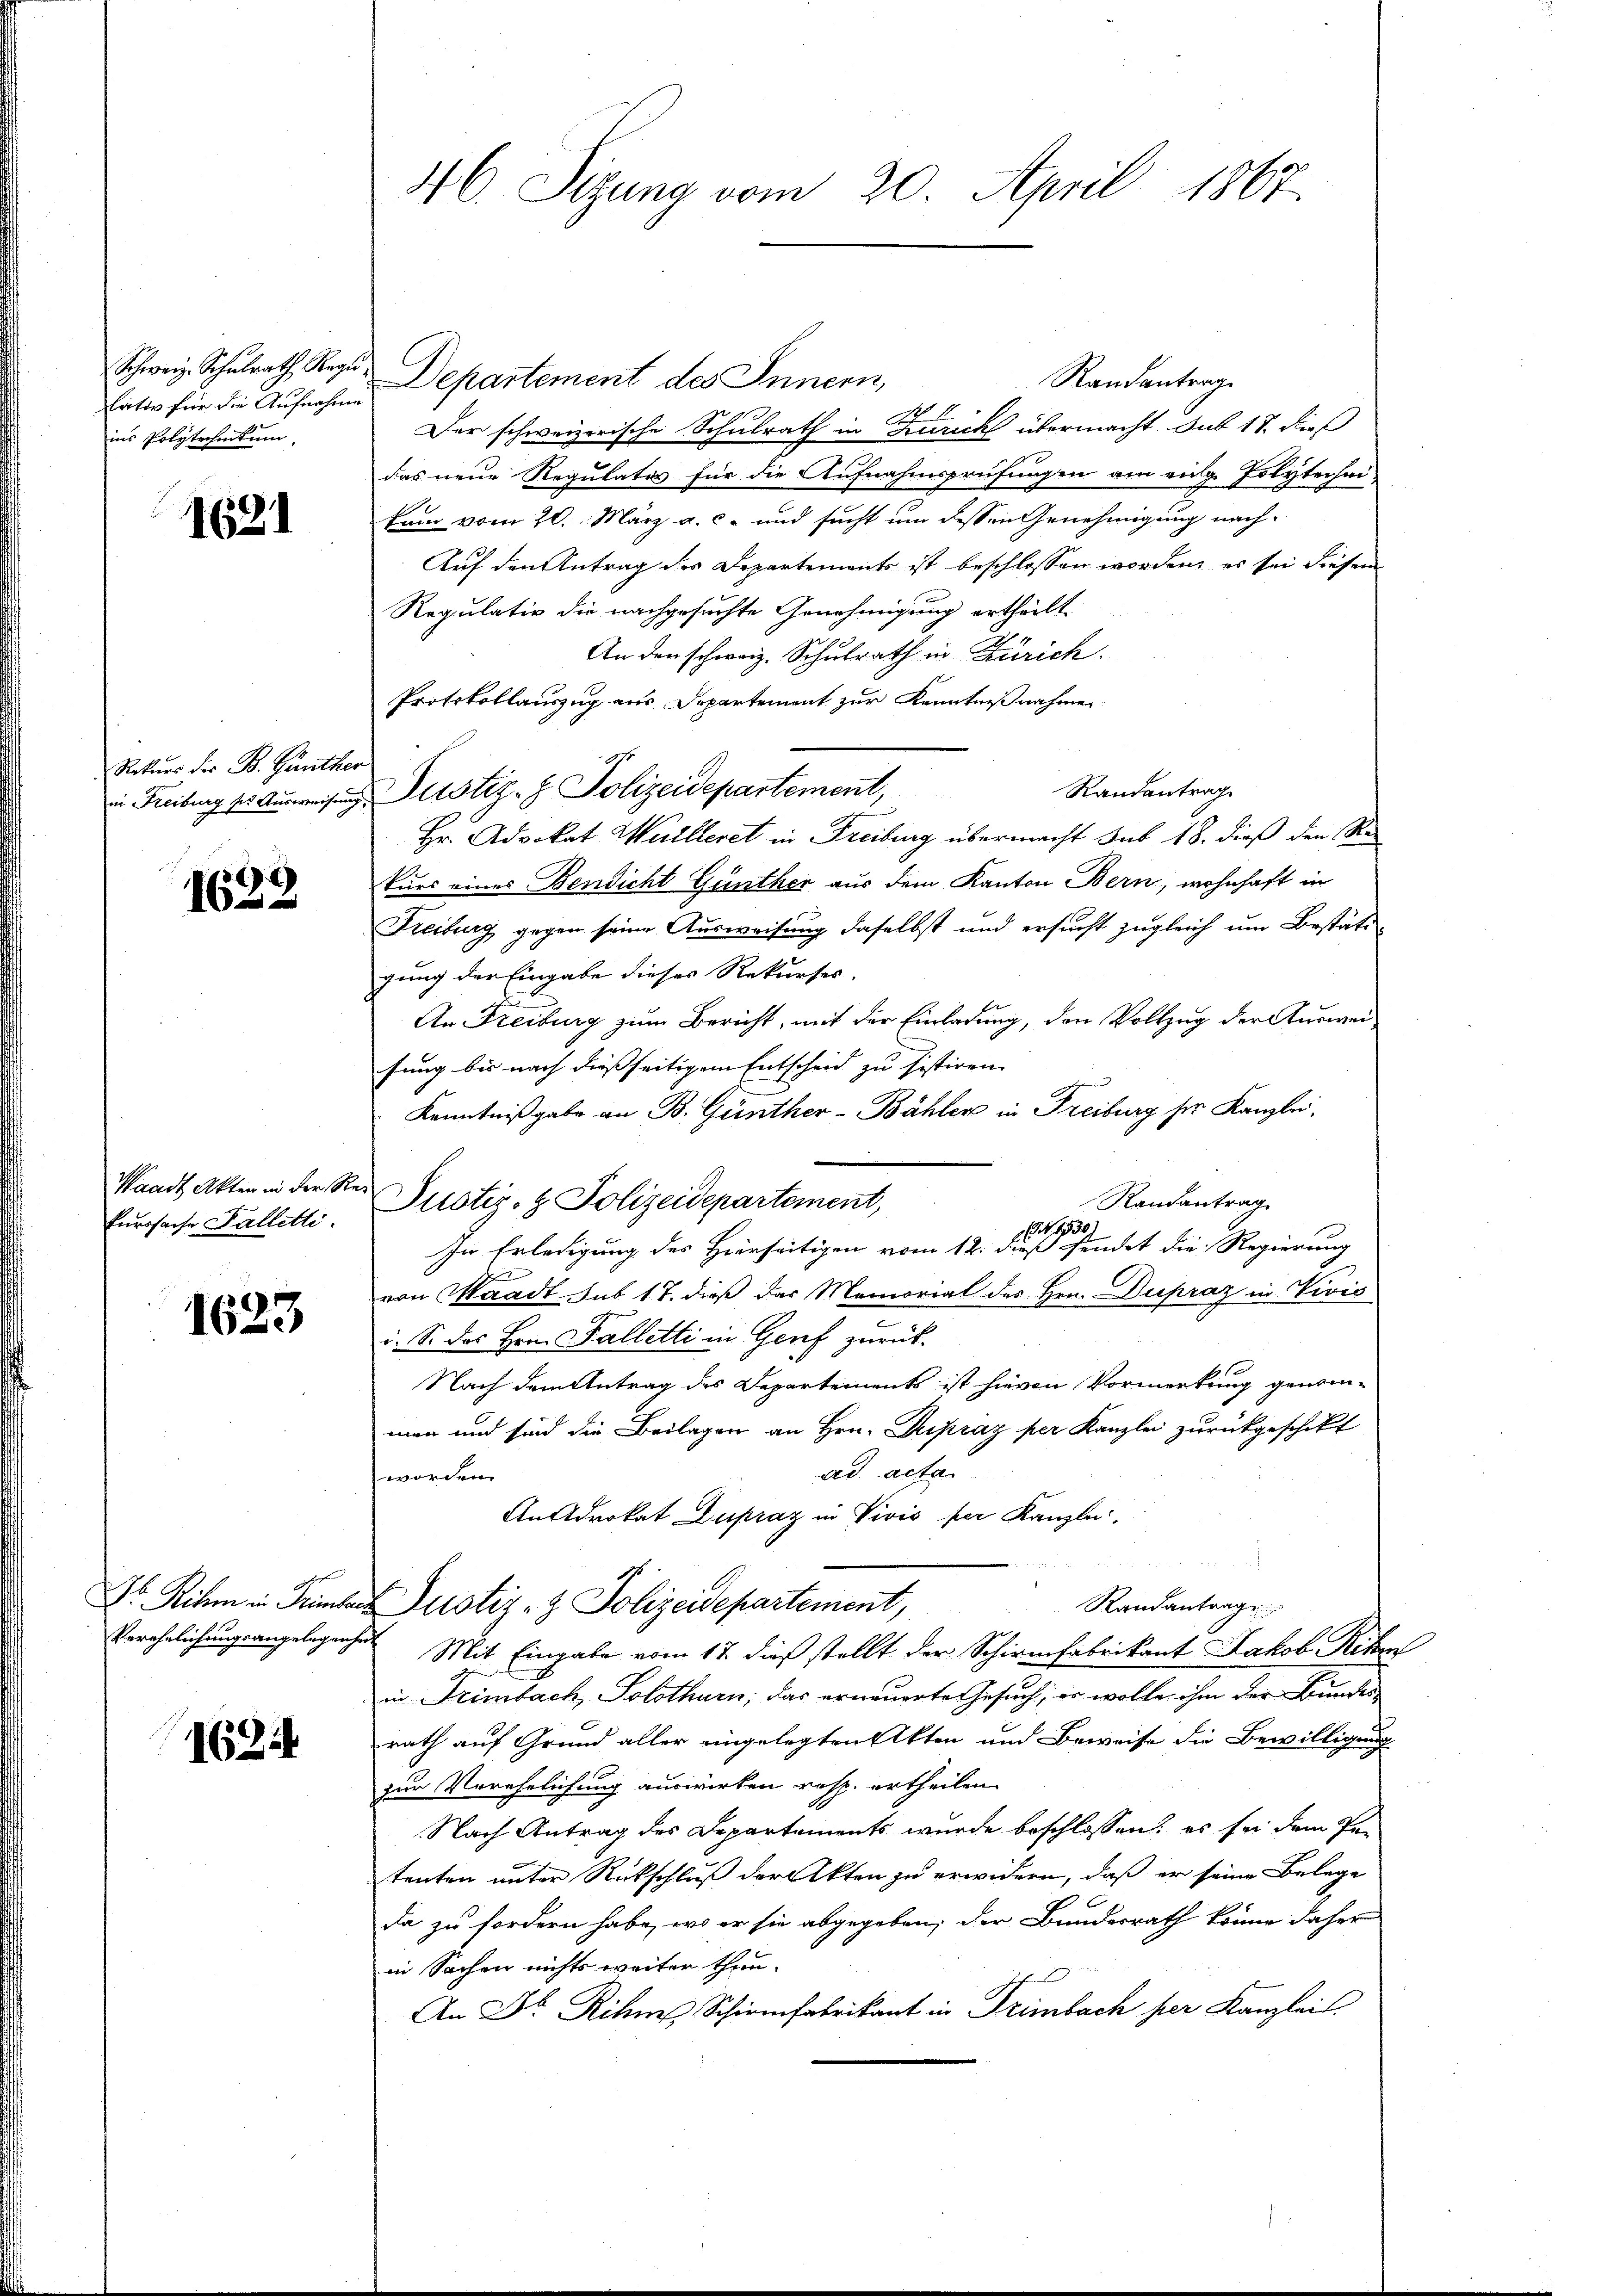
Schweiz. Schulrath, Regu
lativ für die Aufnahme
ins Polytechnitum,

1621

Rekurs der B. Günther

.
16

Eurssache Falletti.

1623

1621

46. Sitzung vom 20. April 1867.

Departement des Innern,
Randantrag
11.
Der schweizerische Schulrath in Zürich übermacht sub 18. dieß
das neue Regulates für die Aufnahmsprüfungen am eige Polytechei-
1
kam vom 20. März a. c. und sucht um dessen Genehmigung nach¬
Auf den Antrag des Departements ist beschlossen worden, es sei diesem
Regulativ die nachgesuchte Genehmigung ertheilt.
An den schweiz. Schulrath in Zürich.
Protokollauszug aus Departement zur Kenntnißnahmen
Randantrag
in Freiburg zur Ausweisung Justiz- & Polizeidepartement,
Hr. Advokat Mülleret in Freiburg übermacht sub 18. dieß den Rekurs eines Bendicht Günther aus dem Kanton Bern, wohnhaft in
Freiburg gegen seine Ausweisung daselbst und ersucht zugleich um Bestätigung der Eingabe dieses Rekurses.
An Freiburg zum Bericht, mit der Einladung, den Vollzug der Ausweisung bis nach diessseitigem Entscheid zu sistiren. |
Kenntnißgabe an B. Günther-Bähler in Freiburg her Kanzlei.
Waadt Akten in der Rei Pustiz- & Polizeidepartement,
Randantrag
110
In Erledigung des Hierseitigen vom 12. dieß sendet die Regierung
von Waadt, sub 17. dieß das Memorial des Hrn. Dupraz in Vivić
e
i. S. des Hrn. Falletti in Genf zurück-
Nach dem Antrag des Departements ist hievon Vormerkung genom-
men und sind die Beilagen an Hrn. Rupráz per Kanzlei zurückgeschikt
ad acta
worden.
Androkat Dupraz in Vivis per Kanzle
i
 Riken in Trinker Justiz- & Polizeidepartement,
Randantrag
Verehelichungsangelegenheit Mit Eingabe vom 17. dieß stellt der Schirmfabrikant Jakob Riken
in Leimbach, Solothurn, das erneuerte Gesuch, er wolle ihm der Bundes-
rath auf Grund aller eingelegten Akten und Beweise die Bewilligung
zur Verehelichung auswirken resp. ertheilen
Nach Antrag des Departements wurde beschlossen, es sei dem Pen
tenten unter Rückschluß der Akten zu erwidern, daß er seine Belege
da zu fordern habe, wo er sie abgegeben, der Bundesrath könne daher
in Sachen nichts weiter thun.
An Dr. Rihne Schirmfabrikant in Trimbach per Kanzleit